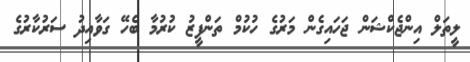
ލީތަލް އިންޖެކްޝަން ޖަހައިގެން މަރުގެ ހުކުމް ތަންފީޒު ކުރުމާ ބެހޭ ގަވާއިދު ސަރުކާރުގެ